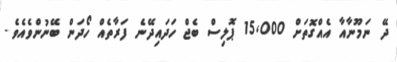
ދޭ ނަމޫނާއާ އެއްގޮތަށް 15